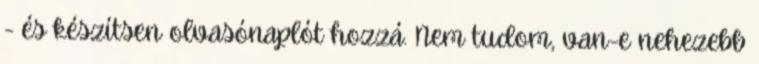
- és készítsen olvasónaplót hozzá. Nem tudom, van-e nehezebb